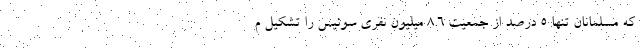
که مسلمانان تنها 5 درصد از جمعیت 8.6 میلیون نفری سوئیس را تشکیل م